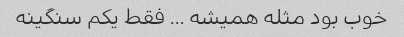
خوب بود مثله همیشه … فقط یکم سنگینه